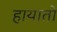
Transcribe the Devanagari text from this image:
हायातो